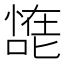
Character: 𰈠